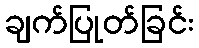
ချက်ပြုတ်ခြင်း